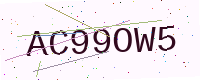
Text: AC99OW5